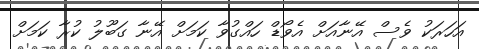
އަހަރަކު ވެސް އޭނާއަށް އެވޯޑް ހައްގުވާ ކަމަށް އޭނާ ގަބޫލު ކުރާ ކަމަށް